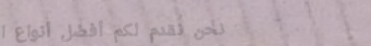
نحن نقدم لكم أفضل أنواع ا